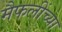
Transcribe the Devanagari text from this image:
मैफलींच्या